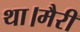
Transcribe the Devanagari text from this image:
था।मैरी